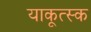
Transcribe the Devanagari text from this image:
याकूत्स्क